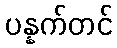
ပန္နက်တင်